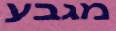
מגבע